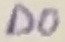
Text: D0